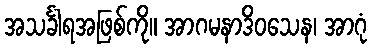
အသင်္ခါရအဖြစ်ကို။ အာဂမနာဒိဝသေန၊ အာဂုံ